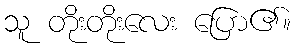
သူ တိုးတိုးလေး ပြော၏။